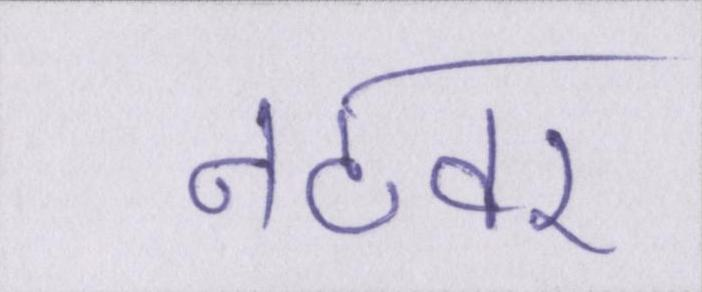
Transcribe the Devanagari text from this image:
नटवर